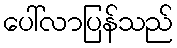
ပေါ်လာပြန်သည်